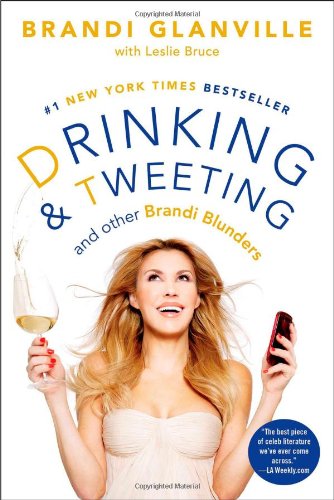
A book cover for Drinking and Tweeting: And Other Brandi Blunders; Brandi Glanville; Humor & Entertainment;